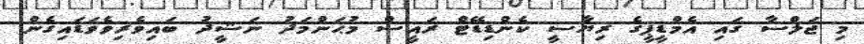
މި ޖަލްސާ ގައި އެމްޑީޕީގެ ރިޔާސީ ކެންޑިޑޭޓް ރައީސް މުޙަންމަދު ނަޝީދު ބައިވެރިވެވަޑައިގެން